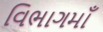
વિભાગમાઁ